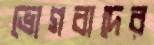
ভোগবাদের